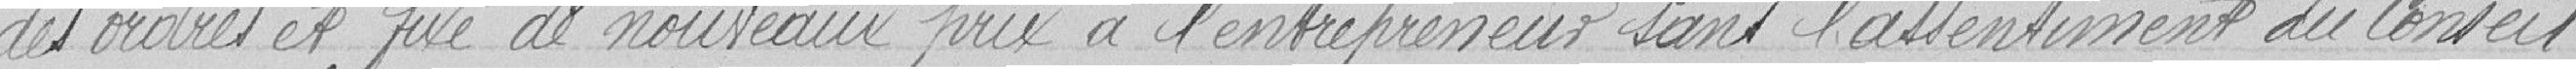
des ordres et fixé de nouveau prix à l'entrepreneur dans l'assentiment du Conseil